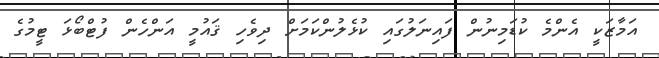
އަމާޒަކީ އެންމެ ކުޑަމިނުން ފައިނަލުގައި ކުޅެލުންކަމަށް ދިވެހި ޤައުމީ އަންހެން ފުޓްބޯޅަ ޓީމުގެ